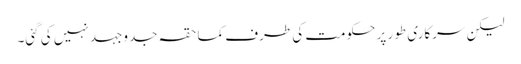
لیکن سرکاری طور پر حکومت کی طرف کماحقہ جدوجہد نہیں کی گئی۔